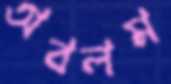
অবলম